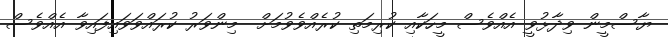
ޔާސްމީން ވިދާޅުވީ އެއްވެސް މީހަކާއި ކުރިމަތި ކުރެއްވެވުމަށް  މިންވަރު ކުރައްވަވައިފައިވާ އެއްވެސް